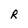
Character: R